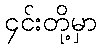
၄င်းတို့မှာ